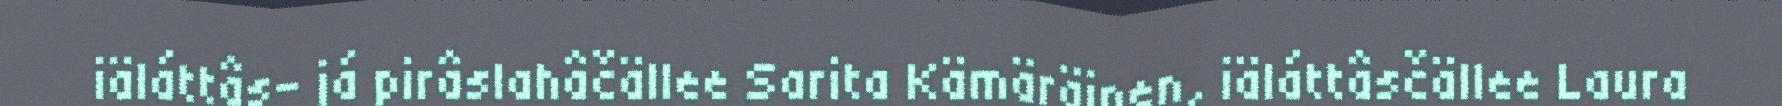
iäláttâs- já pirâslahâčällee Sarita Kämäräinen, iäláttâsčällee Laura